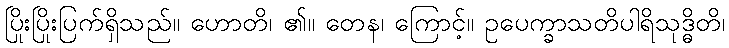
ပြိုးပြိုးပြက်ရှိသည်။ ဟောတိ၊ ၏။ တေန၊ ကြောင့်။ ဥပေက္ခာသတိပါရိသုဒ္ဓိတိ၊